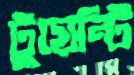
টুয়েন্টি